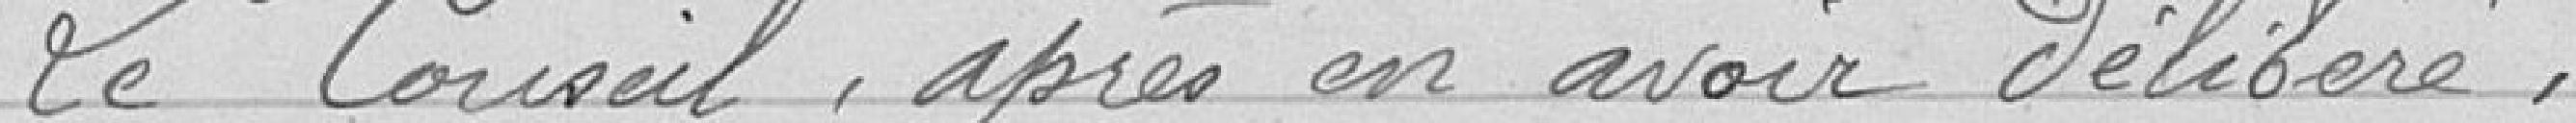
Le Conseil, après en avoir délibéré,